Annual administration report of the Civil Veterinary Department of India - 1895-1896
Year: 1895
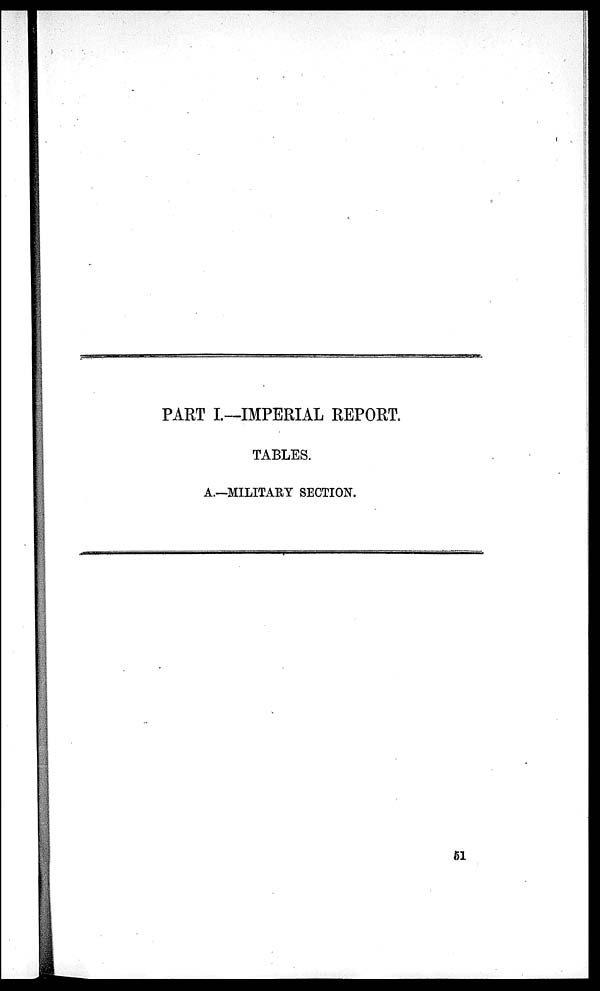
PART I.—IMPERIAL REPORT.
TABLES.
A.—MILITARY SECTION.